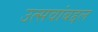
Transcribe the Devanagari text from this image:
उत्सवांबद्दल